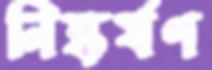
নিষ্কর্ষণ